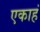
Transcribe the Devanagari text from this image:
एकाहं